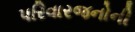
પરિવારજનોની